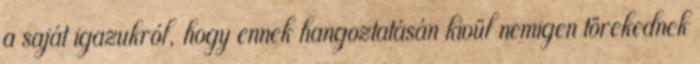
a saját igazukról, hogy ennek hangoztatásán kívül nemigen törekednek